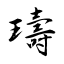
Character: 璹